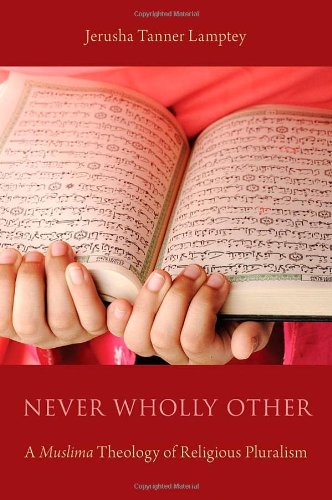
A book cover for Never Wholly Other: A Muslima Theology of Religious Pluralism; Jerusha Tanner Lamptey; Religion & Spirituality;